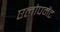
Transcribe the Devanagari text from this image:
एलोपमेंट